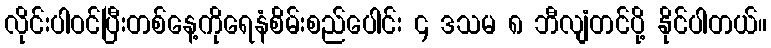
လိုင်းပါဝင်ပြီးတစ်နေ့ကိုရေနံစိမ်းစည်ပေါင်း ၄ ဒသမ ၈ ဘီလျံတင်ပို့ နိုင်ပါတယ်။